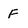
Character: F